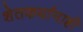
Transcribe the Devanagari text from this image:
शेतकर्यांनाही